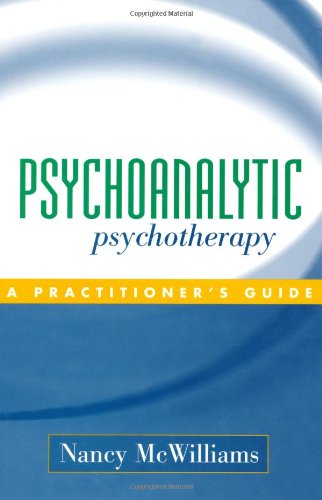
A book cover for Psychoanalytic Psychotherapy: A Practitioner's Guide; Nancy McWilliams; Medical Books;